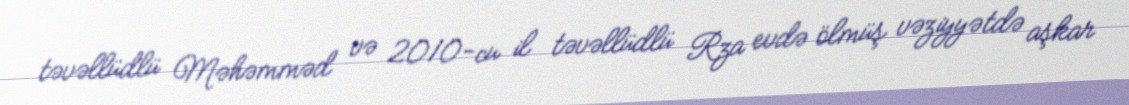
təvəllüdlü Məhəmməd və 2010-cu il təvəllüdlü Rza evdə ölmüş vəziyyətdə aşkar